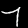
Digit: 7